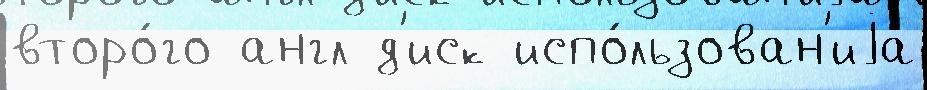
второ́го англ д'иск испо́льзован'иjа